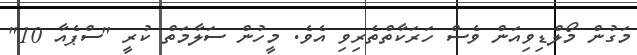
މަގުން މޯލްޑިވިއަން ވެސް ހަރަކާތްތެރިވި އެވެ. މީހުން ސަލާމަތް ކުރީ "ސްޕެއާ 10"